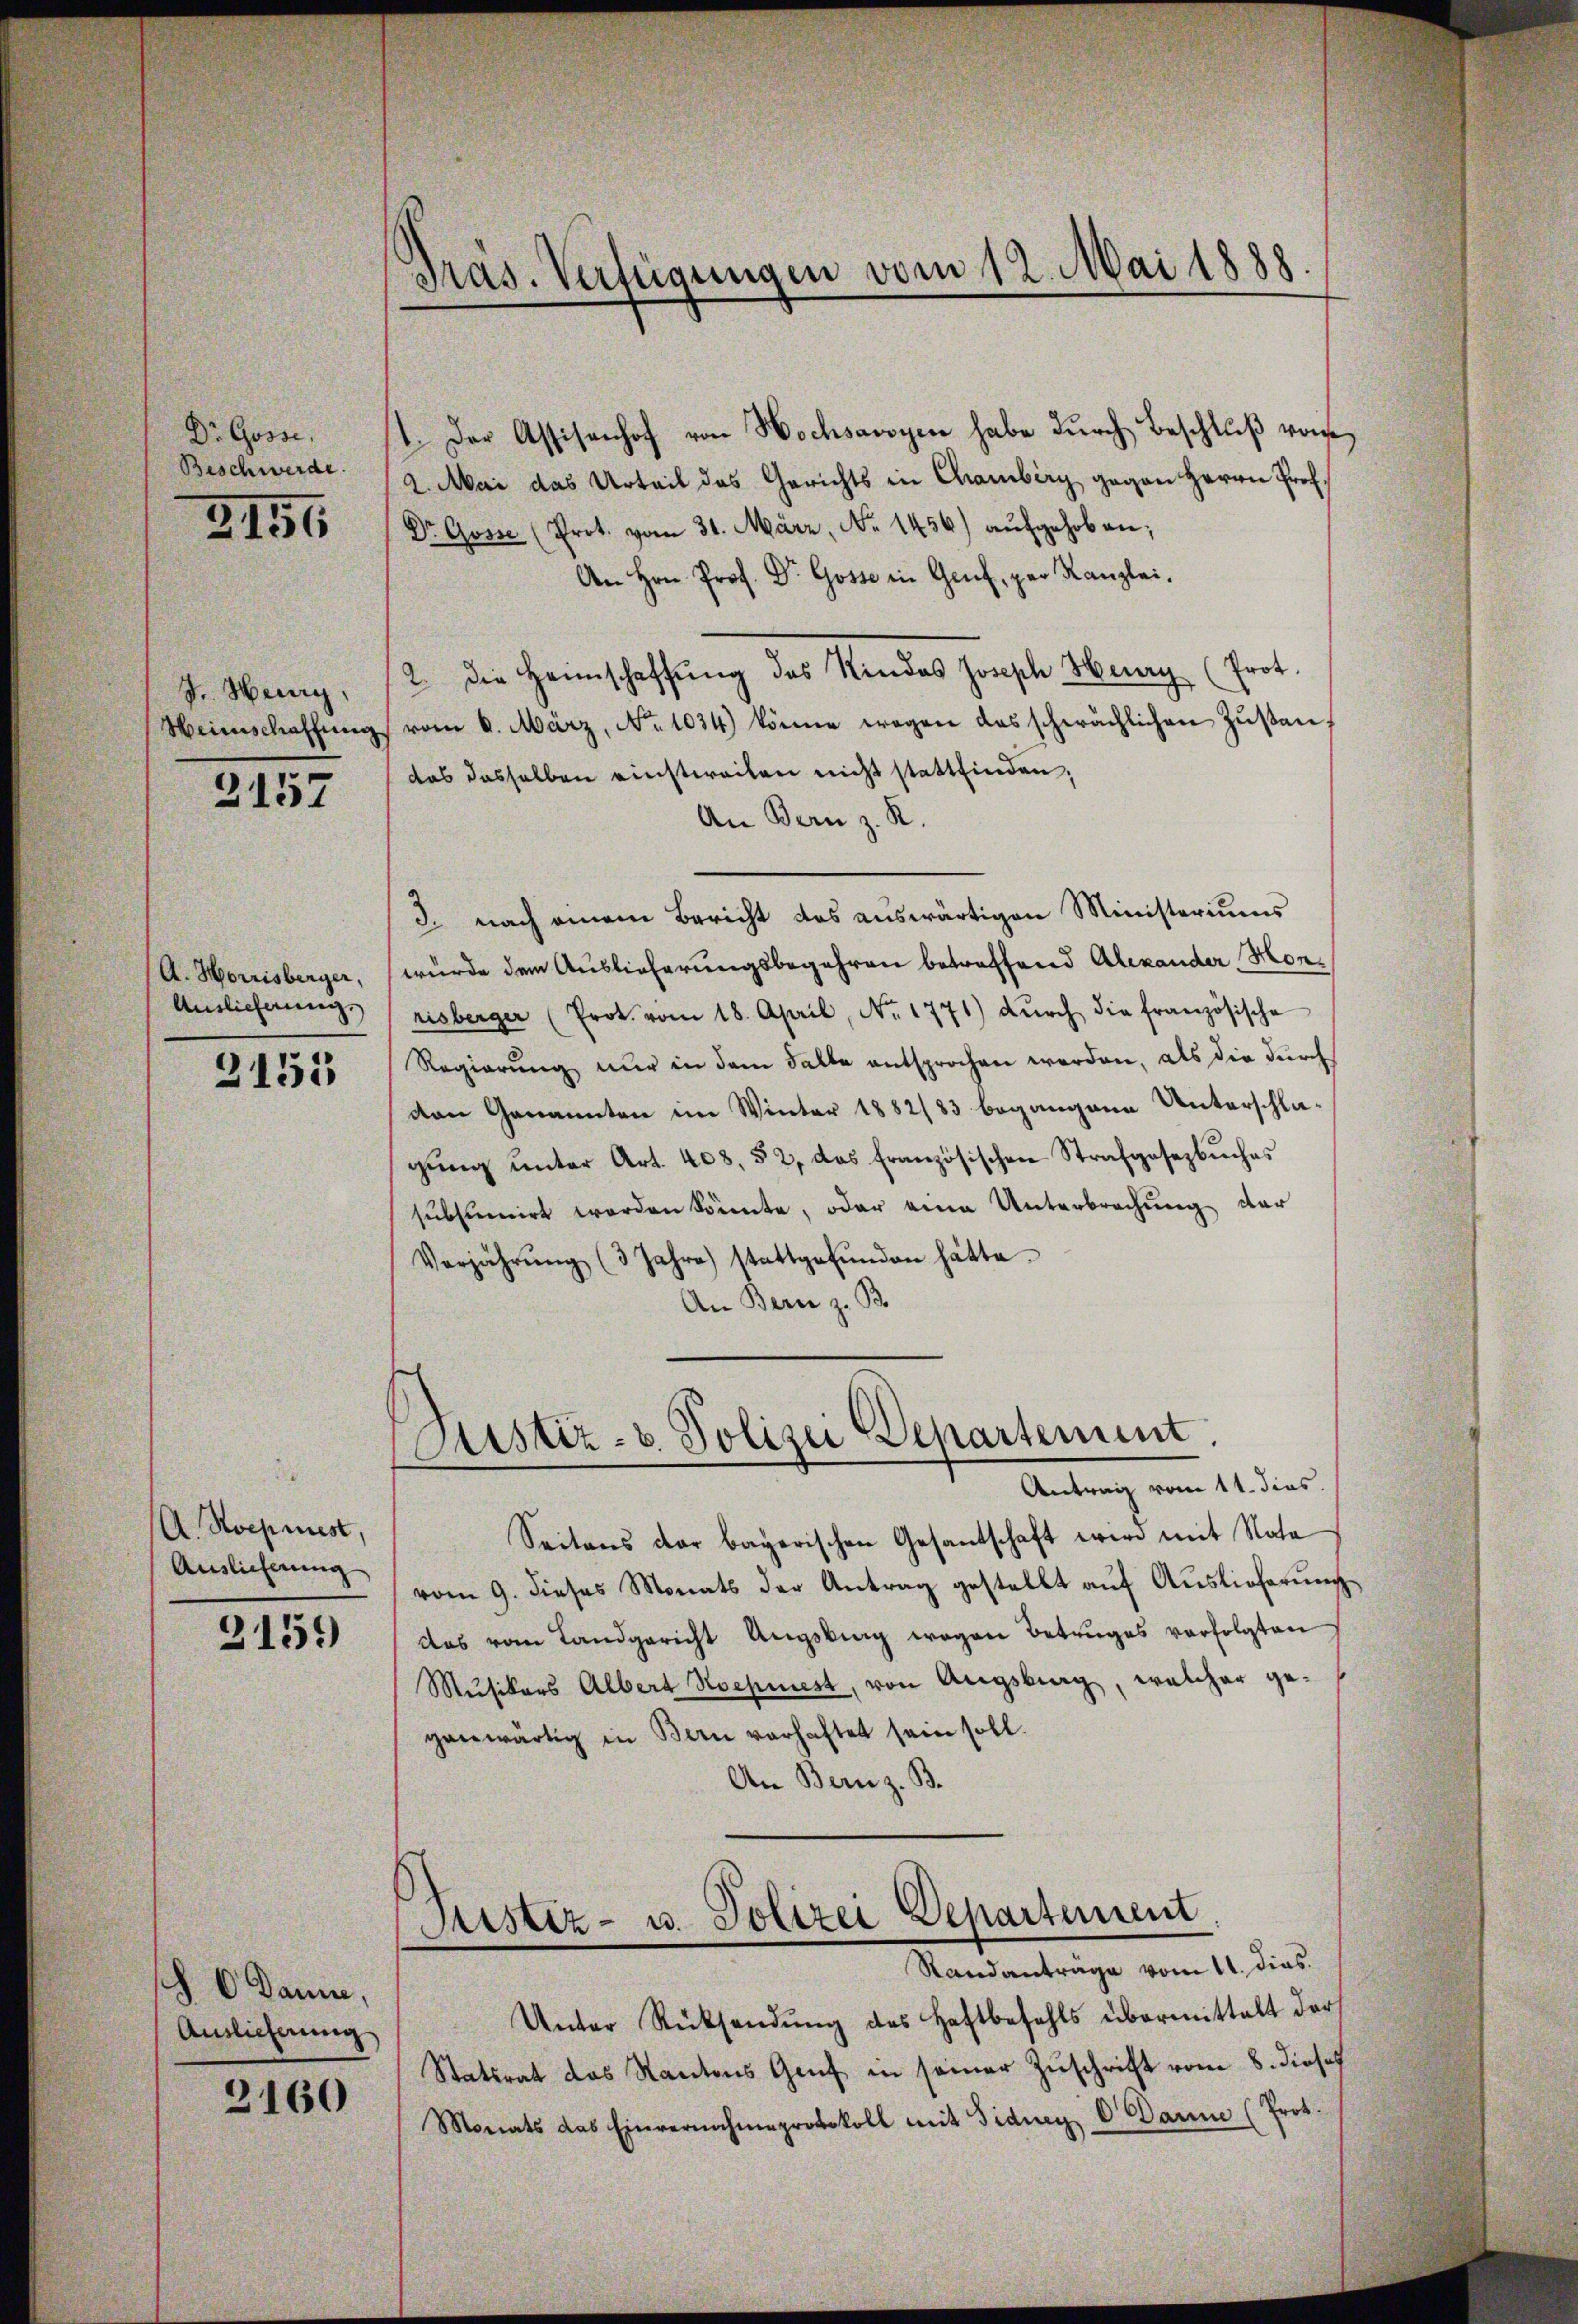
Dr. Gosse.
Beschwerde.
2151

J. Heurg,
Heimschaffung

2157

A. Horrisberger,
Auslieferung.

2155

A. Roepiest,
Auslieferung

2159)

§. 6. Danie,
Auslieferung

3160

Präs. Verfügungen vom 12. Mai 1888.

Justiz- u. Polizei Departement.
Antrag vom 11. dies.

1. Der Assisenhof von Hochsawyen habe dŭrch Beschlŭβ vonse
2. Mai das Urteil des Gerichts in Chamberg gegen Herrn Prof.
Dr. Gosse (Prot. vom 31. März, No 1456) aufgehoben;
An Hrn. Prof. Dr. Gotte in Genf, par Kanzlei.
2 die Heimschaffung des Kindes Joseph Herry (Prot.
vom 6. März, No. 1034) könne wegen das schwächlichen Zŭstan-
das dasselben einstweilen nicht stattfinden,
An Bern z. R.
3. nach einem Bericht das auswärtigen Ministeriums
wurde dem Auslieferungsbegehren betreffend Alexander Mon
risberger (Prot. vom 18. April, No. 1771) dŭrch die französische
Regierŭng nur in dem Falle entsprochen werden, als die dŭrch
von Genannten im Winter 1882/83 begangene Unterschlagŭng ŭnter Art. 408. 52, das französischen Strafgesezbŭches
subsumirt worden könnte, oder eine Unterbrechung der
Verjährŭng (3 Jahre) stattgefŭnden hätte.
An Bern z. B.

Seitens der bayerischen Gesantschaft wird mit Note
vom 9. dieses Monats der Antrag gestellt auf Auslieferung
das vom Landgericht Angstrag wegen Betruges verfolgten
Musikers Albert Hochmest, von Augsburg, welcher gegenwärtig in Bern verhaftet sein soll.
An Bern z. B.

Justiz- u. Polizei Departement.
Standantrage vom 11. dies

Unter Rücksendung des Haftbefehls übermittelt darf
Statsrat das Kantons Genf in seiner Zuschrift vom 8. dieses
Monats das Einvernahmeprotokoll mit Fidung C. Dann (Prot.